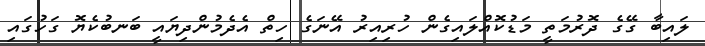
ލައިބާ ގޭގެ ދޮރުމަތީ މަޑުކޮއްލައިގެން ހުރިއިރު އޭނަގެ ހިތް އެދެމުންދިޔައީ ބަނބުކެޔޮ ގަހުގައި